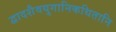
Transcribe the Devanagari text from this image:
द्वादशैवयुगानिकथितानि